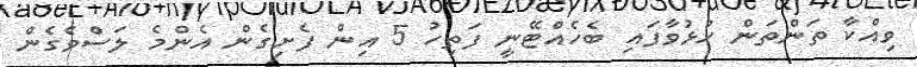
ވިއްކާ ތަންތަން ހުޅުވާފައި ބެހެއްޓޭނީ ފަތިހު 5 އިން ފެށިގެން އެންމެ ލަސްވެގެން